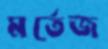
মর্তেজ